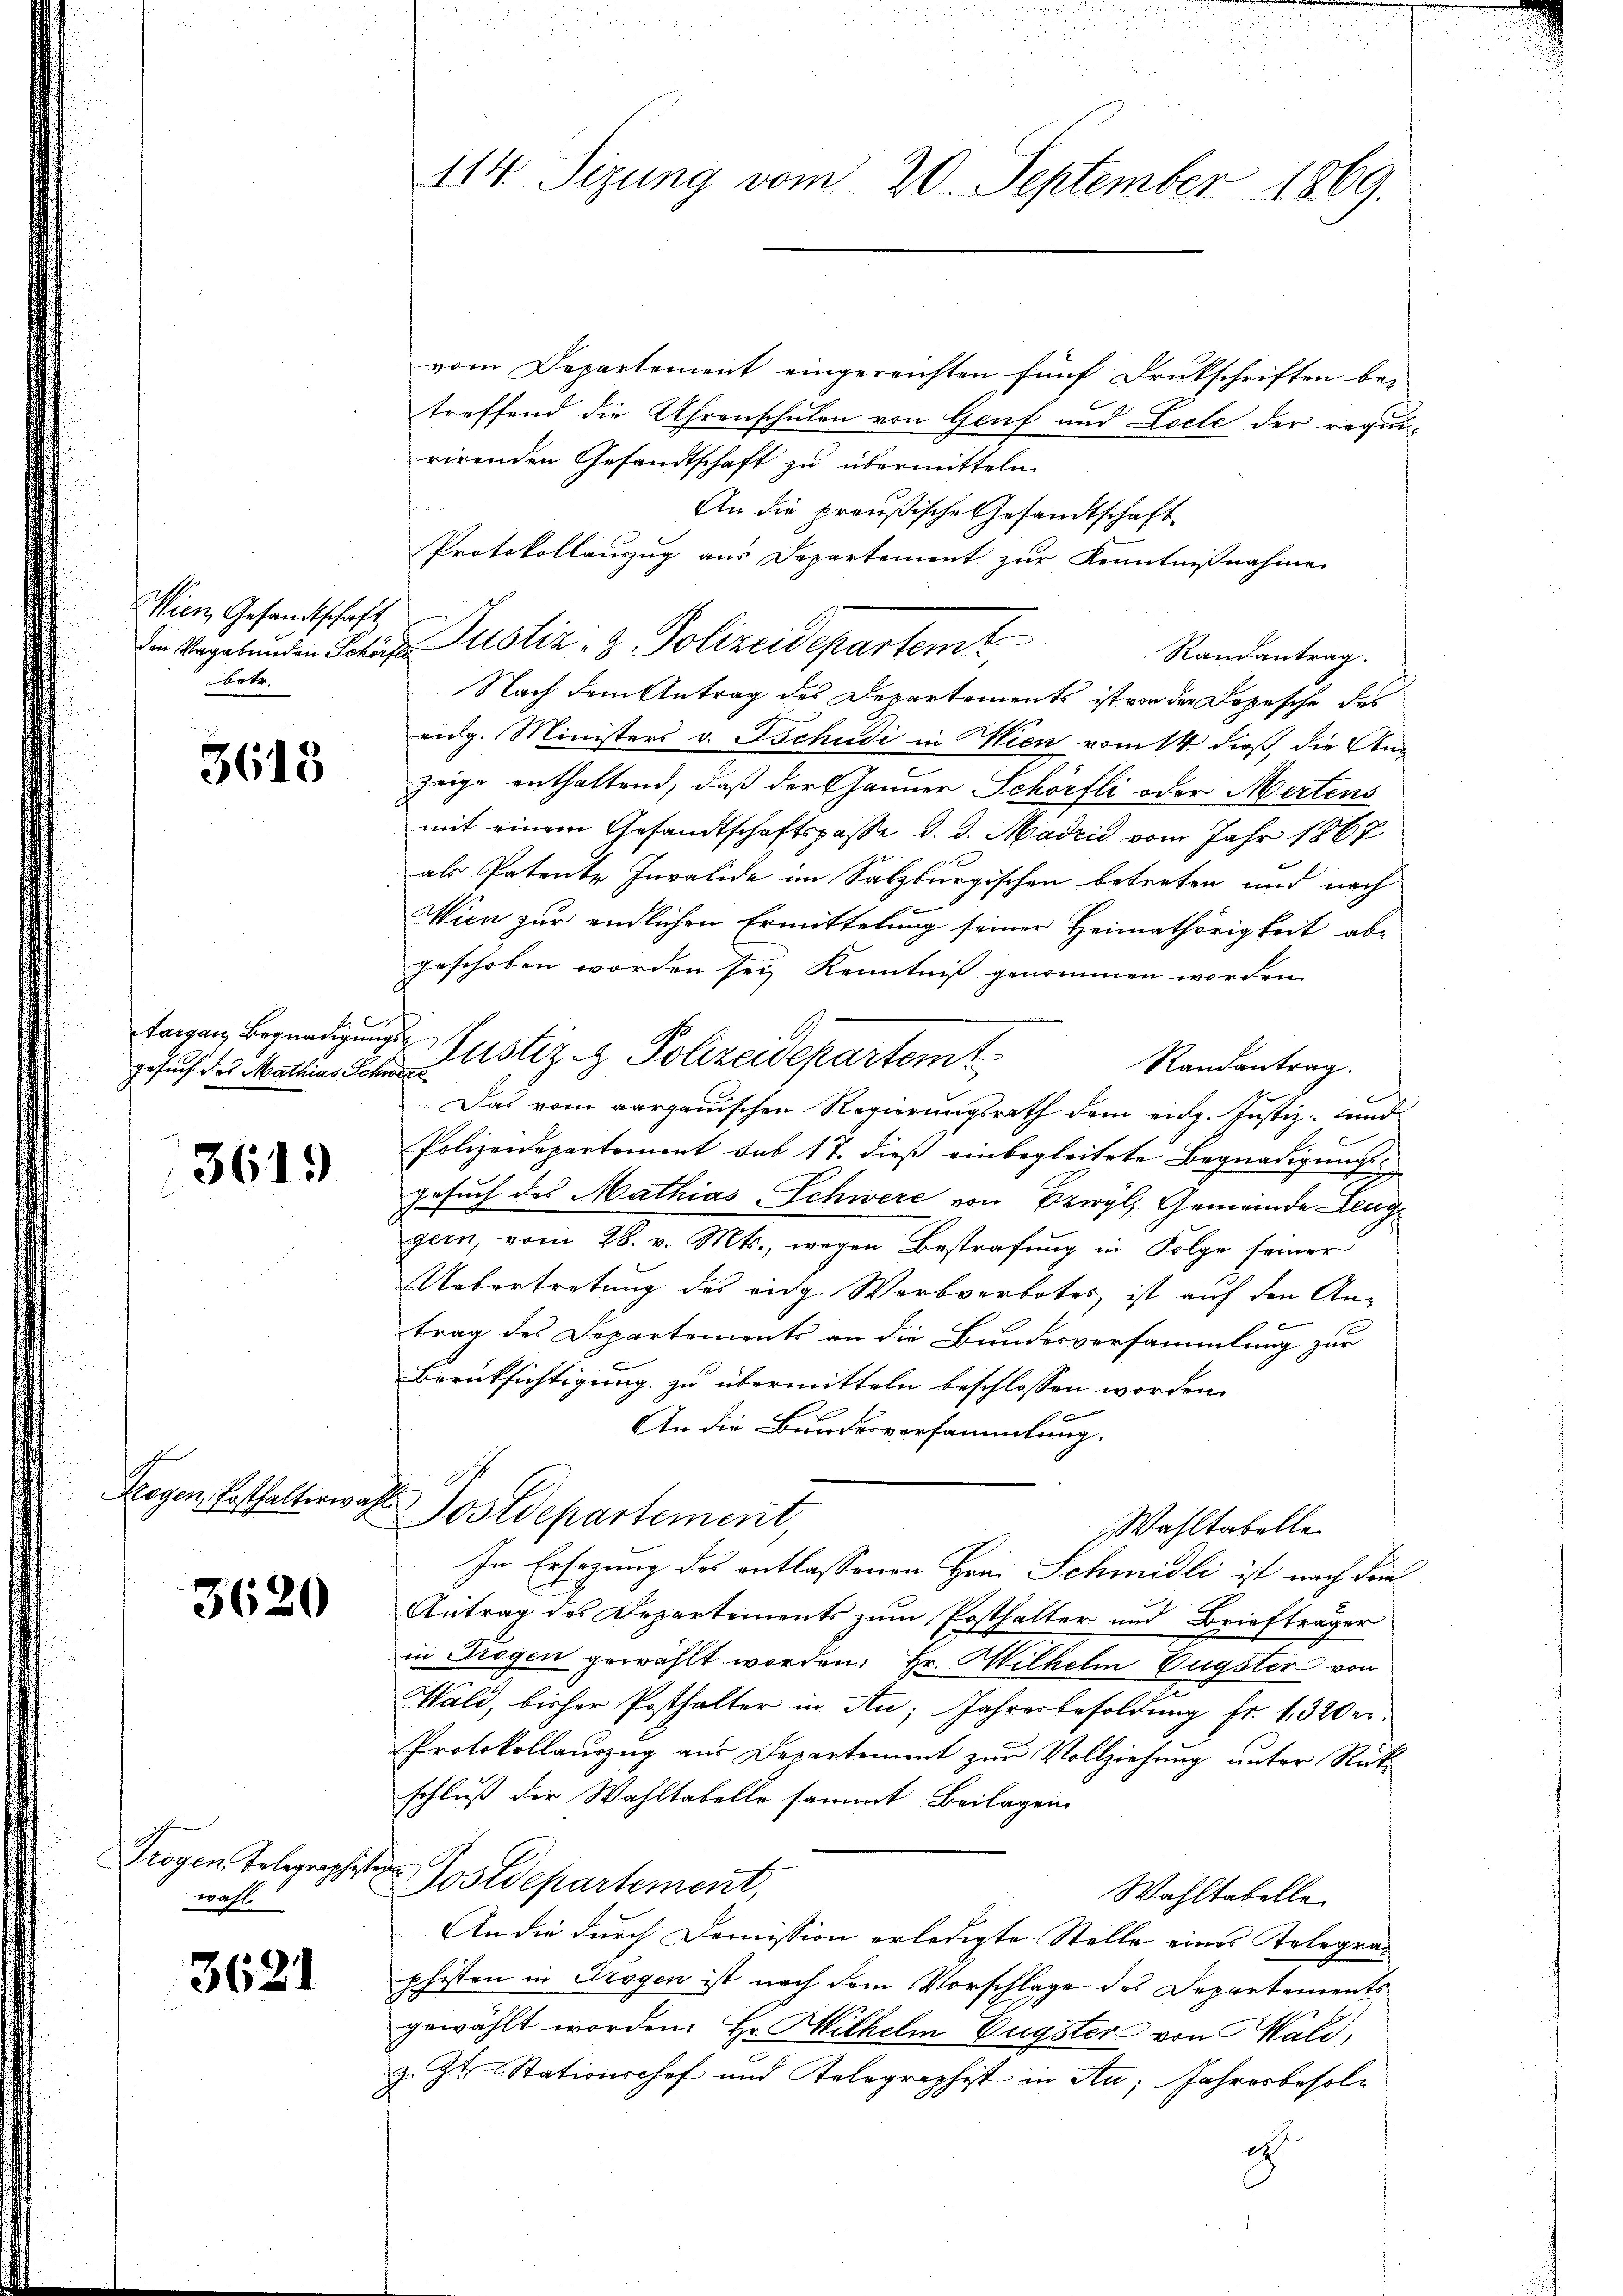
Wien Gesandtschaft
betr.

3613

gesuch des Mathias Schwere

3619

Trogen, Posthalterwah

3620

Trogen Tolegraphist
wahl.

3621

114 Sizung vom 20. September 1869.

vom Departement eingereichten fünf Drukschriften be-
treffend die Uhrenschulen von Genf und Loche der requirirenden Gesandtschaft zu übermitteln.
An die preußische Gesandtschaft
Protokollauszug aus Departement zur Kenntnißnahme
Ein Begebenden Johans Justiz- & Polizeidepartemt
Randantrag.
Nach dem Antrag des Departements ist von der Depesche des
eidg. Ministers v. Tschudi in Wien vom 14. dieß, die Anzeige enthaltend, daß der Gänner Schörfli oder Mertens
mit einem Gesandtschaftspasse d. d. Madrid vom Jahr 1867
als Patente Invalide im Salzburgischen betreten und nach
Wien zur endlichen Ermittelung seiner Heimathörigkeit abe
geschoben worden sey Kenntniß genommen worden.
taren, begnadigungen Justiz & Polizeidepartemt
Randantrag.
Das vom aargauischen Regierungsrath dem eidg. Justiz- und
Polizeidepartement sub 17. dieß einbegleitete Begnadigung
gesuch des Mathias Schwere von Erwyl, Gemeinde Leuggern, vom 28. v. Mts., wegen Bestrafŭng in Folge seiner
Uebertretung des eidg. Werbverbotes, ist auf den Antrag des Departements an die Bundesversammlung zur
Berücksichtigung zu übermitteln beschlossen worden.
An die Bundesversammlung.
d
Sostdepartement
Wahltabelle
In Ersezung des entlassenen Hrn. Schmidli ist nach dem
Antrag des Departements zum Posthalter und Briefträger
in Trogen gewählt worden: Hr. Wilhelm Eugster von
Wald, bisher Posthalter in An; Jahresbesoldung fr. 1320 n.
Protokollauszug aus Departement zur Vollziehung unter Rückschluß der Wahltabelle sammt Beilagen
i
Postdepartement,
Wahltabelle
An die durch Demission erledigte Stelle eines Telegrauphisten in Trogen ist nach dem Vorschlage des Departementsgewählt worden. Hr Wilhelm Eugster von Wald,
z. Zt. Stationshof und Telegraphist in An; Jahresbesolch